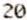
20